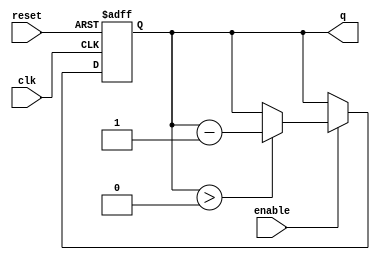
module binary_down_counter #(
    parameter N = 4  // Parameter to define the bit width of the counter
)(
    input wire clk,      // Clock input
    input wire reset,    // Active high reset
    input wire enable,    // Enable counting
    output reg [N-1:0] q // n-bit output count
);

    // Maximum value for the counter (2^N - 1)
    localparam MAX_COUNT = (1 << N) - 1;

    // Always block for synchronous operations
    always @(posedge clk or posedge reset) begin
        if (reset) begin
            // Reset to maximum value on reset signal
            q <= MAX_COUNT;
        end else if (enable) begin
            // Decrement the count if enabled and not at zero
            if (q > 0) begin
                q <= q - 1;
            end
            // If q is already 0, it will remain 0 until reset
        end
    end

endmodule